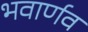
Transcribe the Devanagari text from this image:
भवार्णव